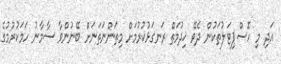
އަދި މި ހޮސްޕިޓަލުތަކުން ދެވޭ ޚިދުމަތް ރަނގަޅުކުރުމަށް މިތަންނަތަނަށް ބޭނުންވާ ސާމާނު ހަމަކުރުމުގެ